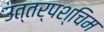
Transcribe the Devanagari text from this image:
उत्तर्पश्चिम